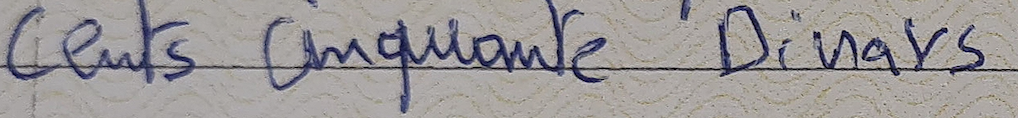
cents cinquante Dinars